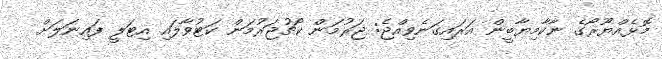
މޮޅެއްޔޫރޯގެ ނާކާމިޔާބީން އަރައިގަނެވިއްޖެ: ޖަރުމަން ކޯޗުޖަރުމަން ކަޓުވާލައި އިޓަލީ ފައިނަލަށް